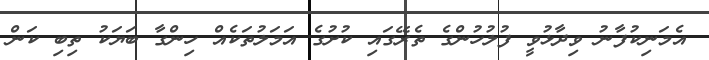
އެމަނިކުފާނު ވިދާޅުވީ ފުލުހުންގެ ތެރޭގައި ކުށުގެ އަމަލުތަކެއް ހިންގާ ބަޔަކު ތިބި ކަން